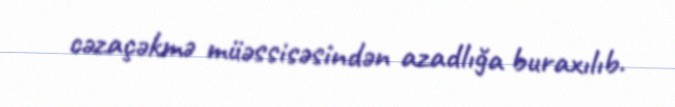
cəzaçəkmə müəssisəsindən azadlığa buraxılıb.